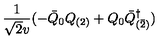
\frac { 1 } { \sqrt { 2 } v } ( - \bar { Q } _ { 0 } Q _ { ( 2 ) } + Q _ { 0 } \bar { Q } _ { ( \bar { 2 } ) } ^ { \dagger } )